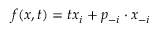
f ( x , t ) = t x _ { i } + p _ { - i } \cdot x _ { - i }